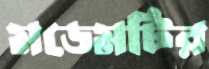
মডেমটির